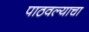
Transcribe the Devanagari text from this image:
पाठवल्याचा